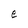
Character: e